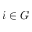
i \in G